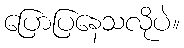
ပြောပြနေသလိုပဲ။